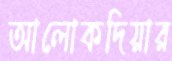
আলোকদিয়ার